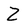
Character: Z